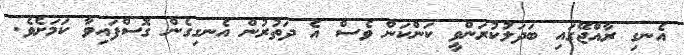
އެނގި ރާއްޖޭގައި ބަދަލުކުރަންވީ ކަންކަން ވެސް އެ ދަތުރުން އެނގިގެން ގޮސްފައިވާ ކަމަށެވެ.